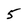
Character: 5